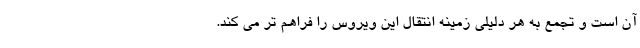
آن است و تجمع به هر دلیلی زمینه انتقال این ویروس را فراهم تر می کند.